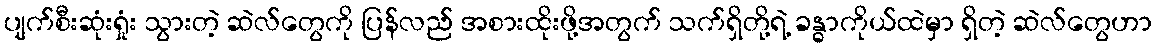
ပျက်စီးဆုံးရှုံး သွားတဲ့ ဆဲလ်တွေကို ပြန်လည် အစားထိုးဖို့အတွက် သက်ရှိတို့ရဲ့ ခန္ဓာကိုယ်ထဲမှာ ရှိတဲ့ ဆဲလ်တွေဟာ